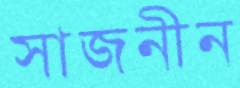
সাজনীন